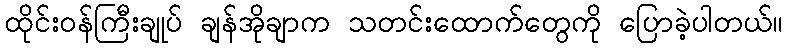
ထိုင်းဝန်ကြီးချုပ် ချန်အိုချာက သတင်းထောက်တွေကို ပြောခဲ့ပါတယ်။